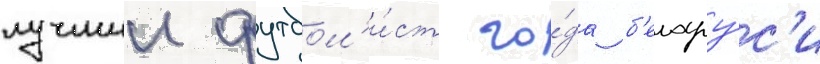
лучшии футбол'и́ст го́да б'елару́с'и